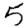
Digit: 5